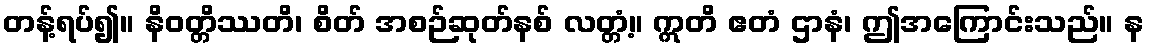
တန့်ရပ်၍။ နိဝတ္တိဿတိ၊ စိတ် အစဉ်ဆုတ်နစ် လတ္တံ့။ ဣတိ ဧတံ ဌာနံ၊ ဤအကြောင်းသည်။ န